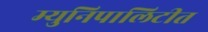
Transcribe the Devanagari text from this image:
म्युनिपालिटीत